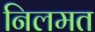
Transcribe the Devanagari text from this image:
निलमत